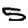
Digit: 5